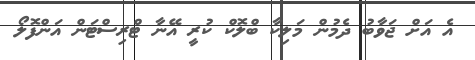
އެ އަށް ޖަވާބު ދެމުން މަލިކާ ބްލޮކް ކުރީ އޭނާ ޓްރިސްޓަން އަންފޮލޯ